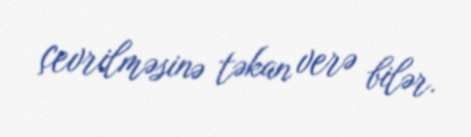
çevrilməsinə təkan verə bilər.